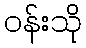
ဝန်းသို